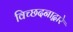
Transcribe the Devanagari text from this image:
विच्छदनाद्वारे